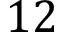
1 2